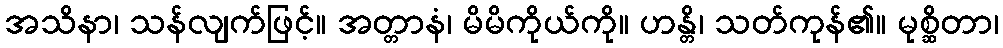
အသိနာ၊ သန်လျက်ဖြင့်။ အတ္တာနံ၊ မိမိကိုယ်ကို။ ဟန္တိ၊ သတ်ကုန်၏။ မုစ္ဆိတာ၊